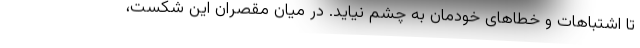
تا اشتباهات و خطاهای خودمان به چشم نیاید. در میان مقصران این شکست،